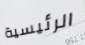
الرئيسية